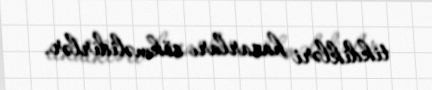
tikdikləri hasarları sökməlidirlər.